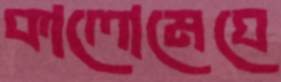
কালোমেঘে